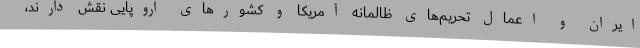
ایران و اعمال تحریم‌های ظالمانه آمریکا و کشورهای اروپایی نقش دارند،